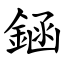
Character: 䤴